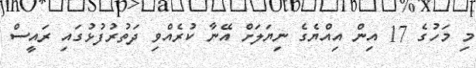
މި މަހުގެ 17 އިން އިއްޔެގެ ނިޔަލަށް އޭނާ ކުރެއްވި ދަތުރުފުޅުގައި ރައީސް